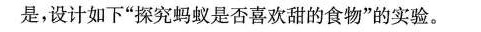
是，设计如下”探究蚂蚁是否喜欢甜的食物”的实验。